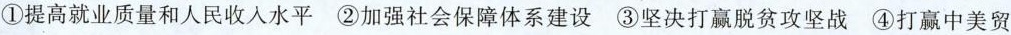
①提高就业质量和人民收入水平 ②加强社会保障体系建设 ③坚决打赢脱贫攻坚战 ④打赢中美贸